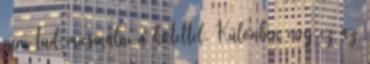
nem tud micsinálni a kötettel. Különben meg ez az